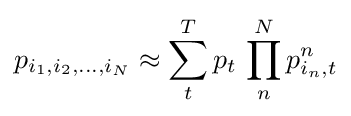
p_{i_{1},i_{2},\ldots ,i_{N}}\approx \sum _{t}^{T}p_{t}\,\prod _{n}^{N}p_{i_{n},t}^{n}